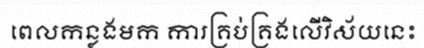
ពេលកន្លងមក ការគ្រប់គ្រងលើវិស័យនេះ